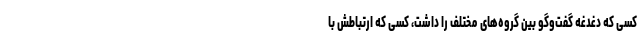
کسی که دغدغه گفت‌وگو بین گروه‌های مختلف را داشت، کسی که ارتباطش با